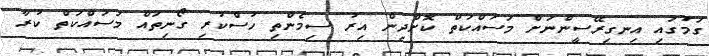
ގަމުގައި އިނގިރޭސީންނަށް މަސައްކަތް ކޮށްދިން އިރު ސިމެންތި ހުސްކުރި ގޯނިތައް މަސައްކަތް ކުރާ